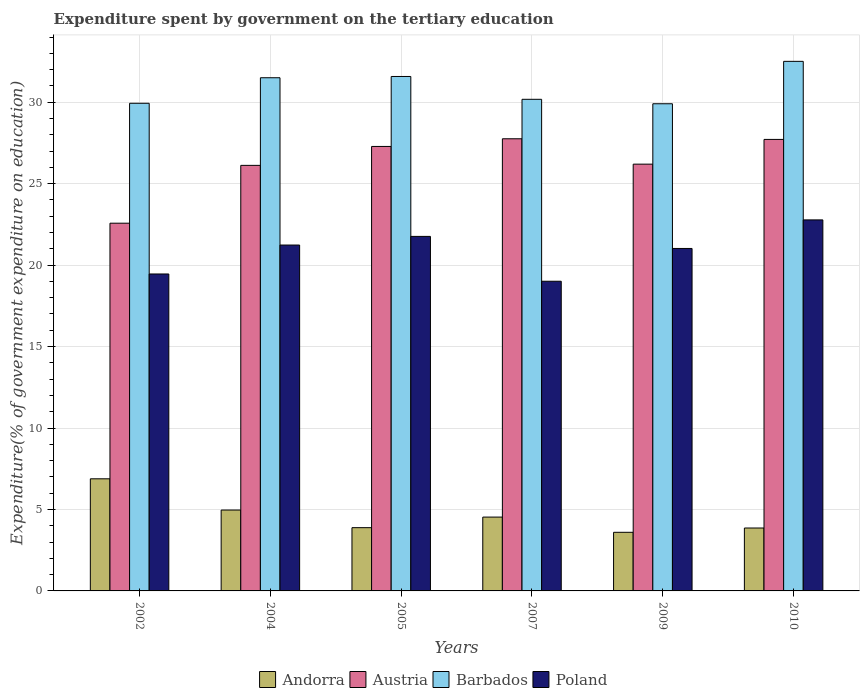
| Years | Andorra | Austria | Barbados | Poland |
 | --- | --- | --- | --- | --- |
 | 2002 | 6.88 | 22.6 | 29.9 | 19.5 |
 | 2004 | 4.96 | 26.1 | 31.5 | 21.2 |
 | 2005 | 3.88 | 27.3 | 31.6 | 21.8 |
 | 2007 | 4.53 | 27.8 | 30.2 | 19 |
 | 2009 | 3.6 | 26.2 | 29.9 | 21 |
 | 2010 | 3.86 | 27.7 | 32.5 | 22.8 |